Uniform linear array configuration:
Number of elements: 16
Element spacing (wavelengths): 0.25
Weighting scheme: binomial
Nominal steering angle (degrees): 45
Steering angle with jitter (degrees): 43.922
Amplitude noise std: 0.05
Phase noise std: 0.05

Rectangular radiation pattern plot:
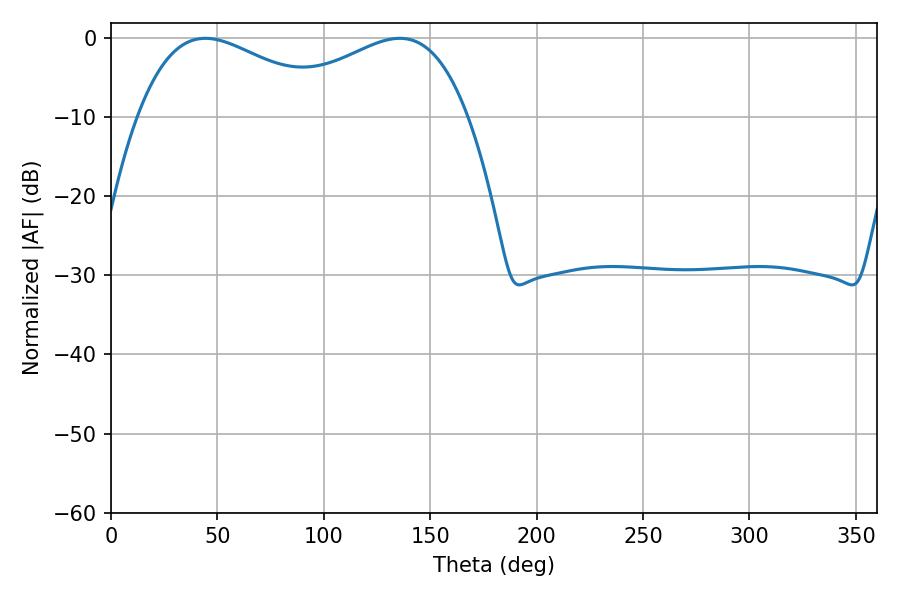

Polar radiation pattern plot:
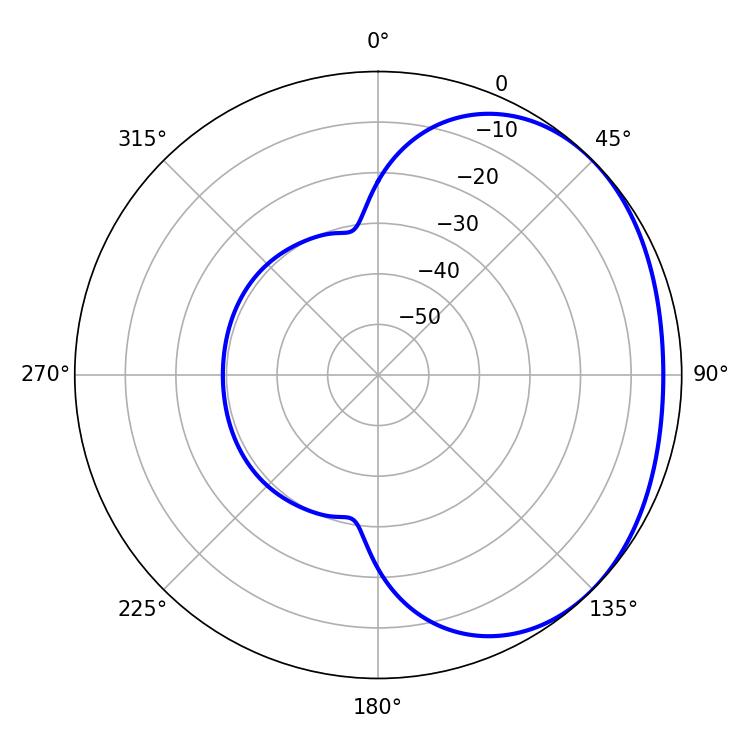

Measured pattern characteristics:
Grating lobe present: FALSE
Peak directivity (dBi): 1.89
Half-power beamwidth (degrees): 51.12
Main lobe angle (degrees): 44.28